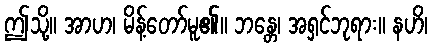
ဤသို့။ အာဟ၊ မိန့်တော်မူ၏။ ဘန္တေ၊ အရှင်ဘုရား။ နဟိ၊